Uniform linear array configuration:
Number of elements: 12
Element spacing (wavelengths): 1
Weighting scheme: blackman
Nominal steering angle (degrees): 0
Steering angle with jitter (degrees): -0.1623
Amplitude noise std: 0.05
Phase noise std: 0.05

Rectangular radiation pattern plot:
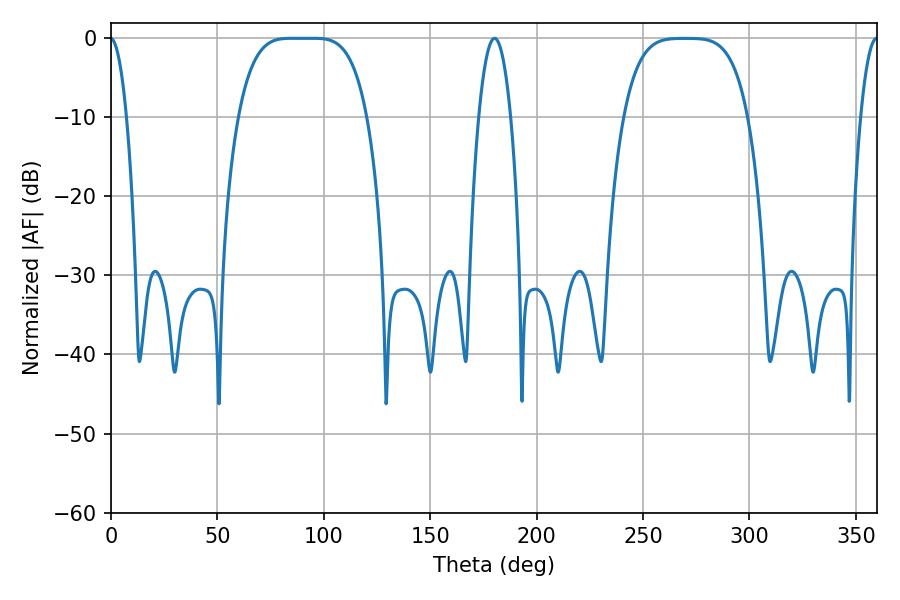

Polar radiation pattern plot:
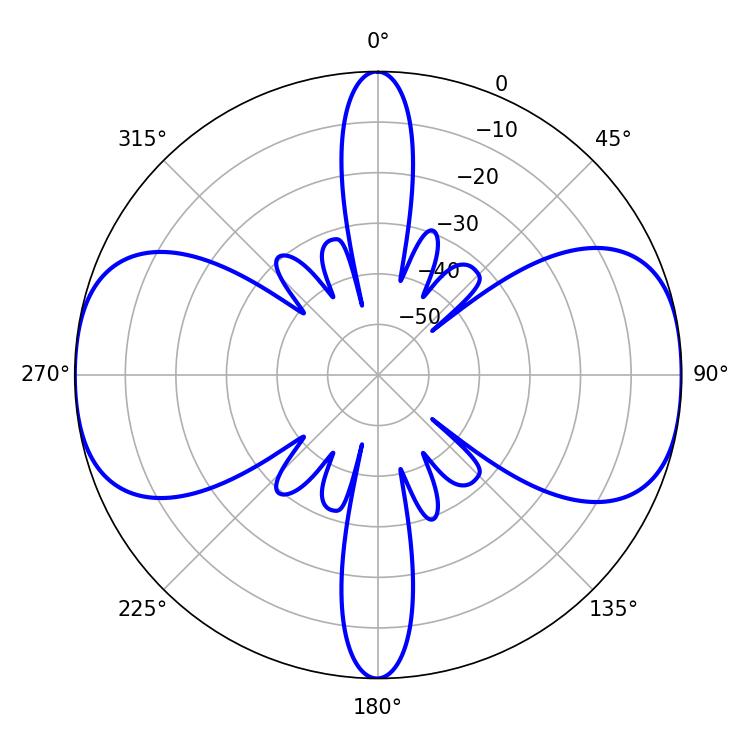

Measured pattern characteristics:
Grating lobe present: TRUE
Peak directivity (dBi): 16.476
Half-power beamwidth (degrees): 45.36
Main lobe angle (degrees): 84.78